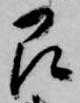
即